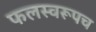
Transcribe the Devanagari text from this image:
फलस्वरूपच